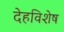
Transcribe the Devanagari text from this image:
देहविशेष